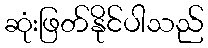
ဆုံးဖြတ်နိုင်ပါသည်